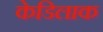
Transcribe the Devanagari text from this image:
केडिलाक